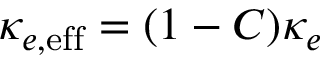
\kappa _ { e , { \mathrm { e f f } } } = ( 1 - C ) \kappa _ { e }